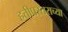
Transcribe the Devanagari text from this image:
हत्तीप्रस्तराच्या